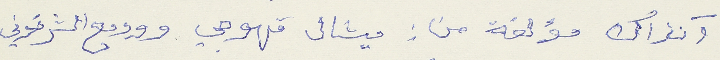
آنذاك مؤلقة من : ميشال قهوجي ووديع الشرتوني